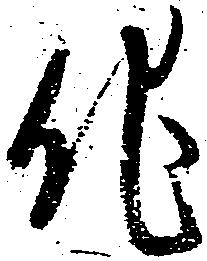
他